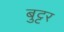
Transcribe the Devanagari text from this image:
बुट्टर